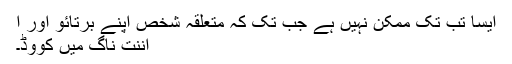
ایسا تب تک ممکن نہیں ہے جب تک کہ متعلقہ شخص اپنے برتائو اور ا
اننت ناگ میں کووِڈ۔